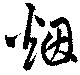
烟